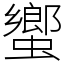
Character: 蠁